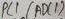
Text: ADC1